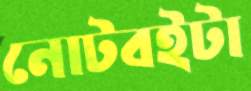
নোটবইটা